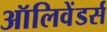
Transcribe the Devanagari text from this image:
ऑलिवेंडर्स